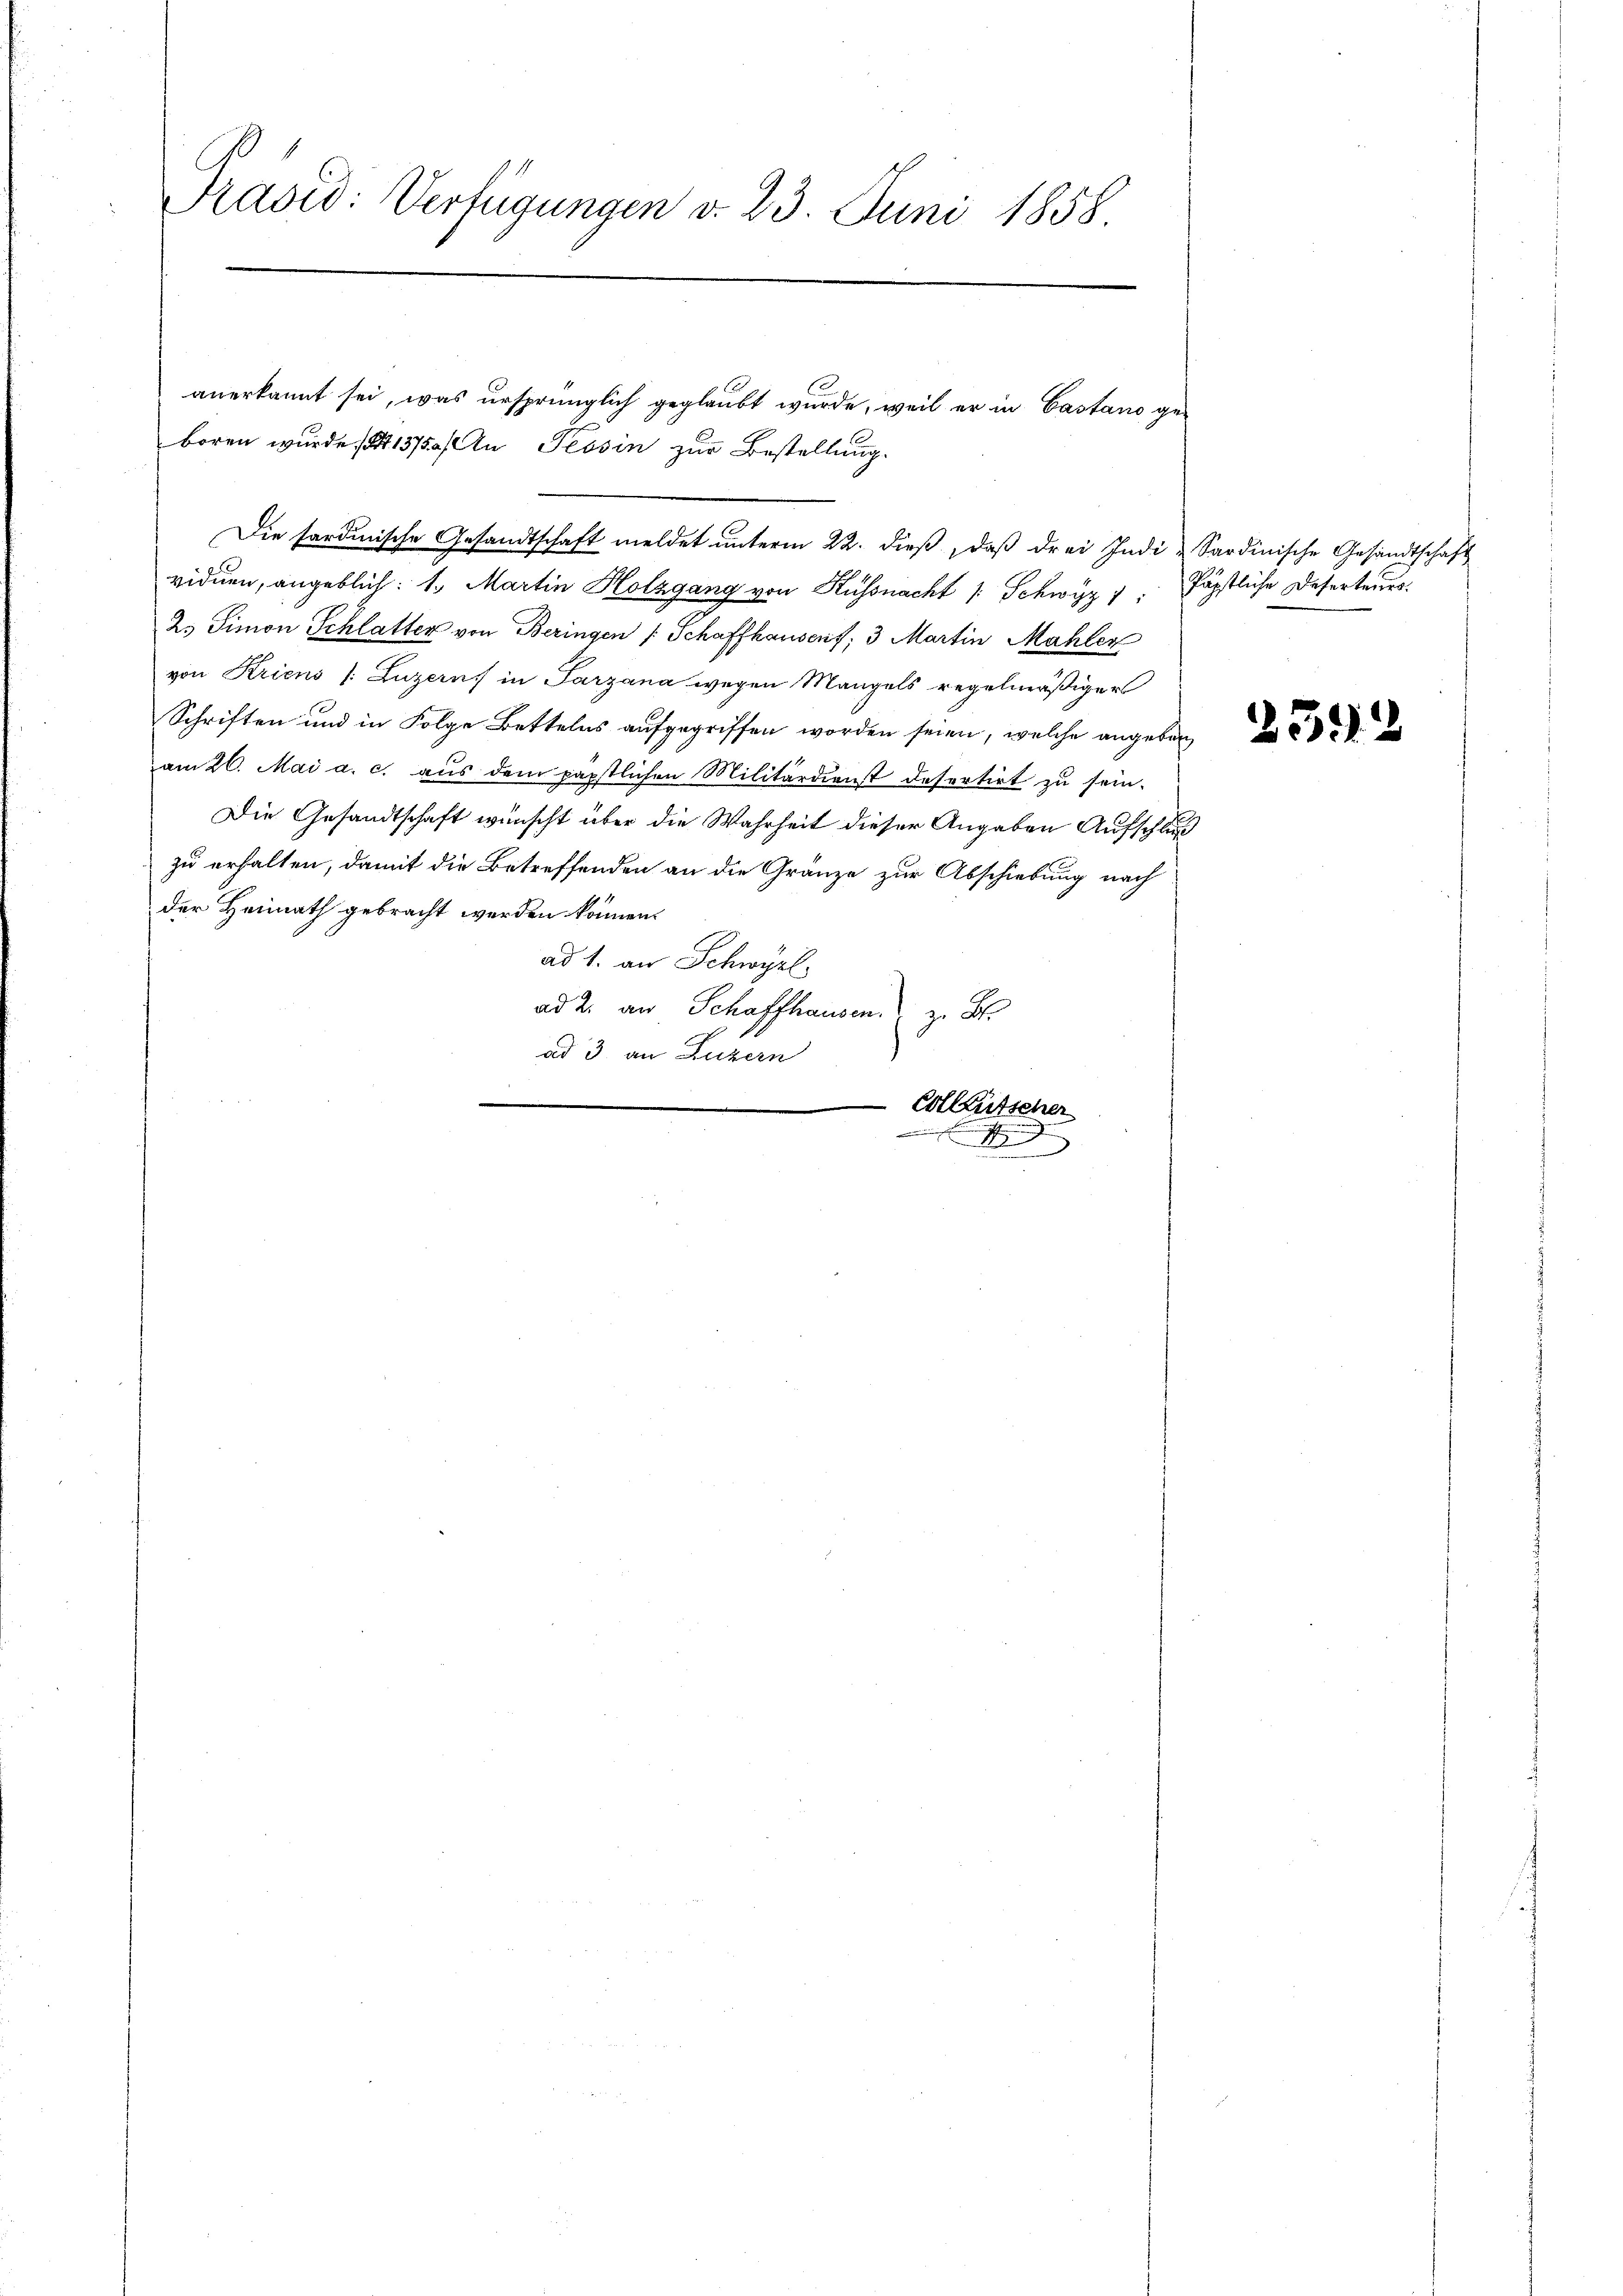
Präved: Verfügungen d. 23. Juni 1858

boren wurde et 13750/ An Tessin zur Bestellung.
viduen, angeblich: 1. Martin Holzgang von Küssnacht /: Schwyz " " päpstliche Deserteurs
2. Simon Schlatter von Beringen Schaffhausenf; 3 Martin Mahler
von Kriens (Luzerns in Parzana wegen Mangels regelmäßigers
Schriften und in Folge Bettelns aufgegriffen worden seien, welche angeben
am 26. Mai a. c. aus dem päpstlichen Militärdienst defertirt zu sein.
Die Gesandtschaft wünscht über die Wahrheit dieser Angaben Aufschluß
zu erhalten, damit die Betreffenden an die Gränze zur Abschiebung nach
der Heimath gebracht werden können.
ad 1. an Schwyzl.
ad 2. an Schaffhausen, z. B.
ad 3. an Luzern

anerkannt sei, was ursprünglich geglaubt wurde, weil er in Castano ge
Die forderische Gesandtschaft meldet ŭnterm 22. dieβ, daβ drei Indi " Sardinische Gesandtschaft

Colleutscher

2392